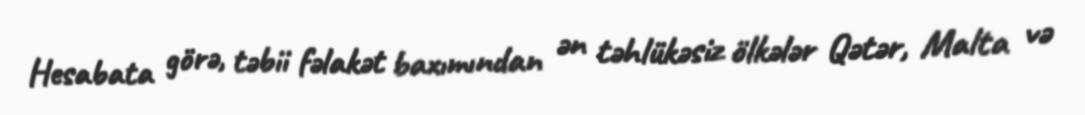
Hesabata görə, təbii fəlakət baxımından ən təhlükəsiz ölkələr Qətər, Malta və